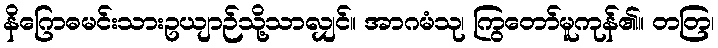
နိဂြောဓမင်းသားဥယျာဉ်သို့သာလျှင်။ အာဂမံသု၊ ကြွတော်မူကုန်၏။ တတြ၊